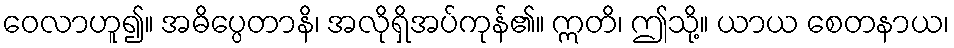
ဝေလာဟူ၍။ အဓိပ္ပေတာနိ၊ အလိုရှိအပ်ကုန်၏။ ဣတိ၊ ဤသို့။ ယာယ စေတနာယ၊